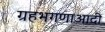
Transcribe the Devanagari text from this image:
ग्रहभगणाआदी